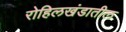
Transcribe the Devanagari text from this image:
रोहिलखंडातील